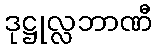
ဒုဋ္ဌုလ္လဘာဏီ